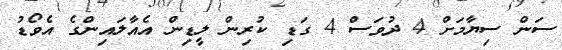
ސަން ސިޔާމަށް 4 ދުވަސް 4 ގަޑި ކުރިން ލީޑިން އެއާލައިންގެ އެވޯޑު